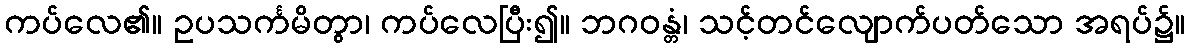
ကပ်လေ၏။ ဥပသင်္ကမိတွာ၊ ကပ်လေပြီး၍။ ဘဂဝန္တံ၊ သင့်တင်လျောက်ပတ်သော အရပ်၌။